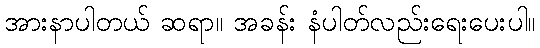
အားနာပါတယ် ဆရာ။ အခန်း နံပါတ်လည်းရေးပေးပါ။